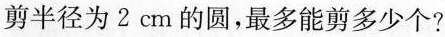
剪半径为2cm的圆，最多能剪多少个?